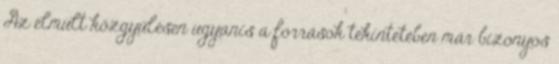
Az elmúlt közgyűlésen ugyanis a források tekintetében már bizonyos